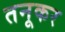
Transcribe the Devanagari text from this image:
तनूकर